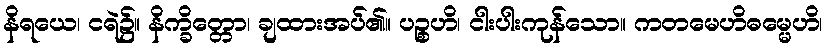
နိရယေ၊ ငရဲ၌။ နိက္ခိတ္တော၊ ချထားအပ်၏။ ပဉ္စဟိ၊ ငါးပါးကုန်သော။ ကတမေဟိဓမ္မေဟိ၊